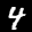
Label: 4